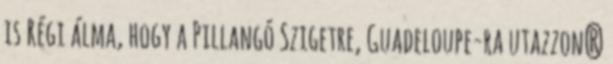
is Régi álma, hogy a Pillangó Szigetre, Guadeloupe-ra utazzon?